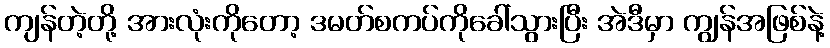
ကျန်တဲ့တို့ အားလုံးကိုတော့ ဒမတ်စကပ်ကိုခေါ်သွားပြီး အဲဒီမှာ ကျွန်အဖြစ်နဲ့